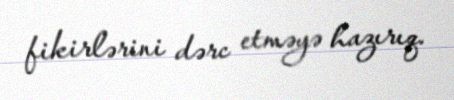
fikirlərini dərc etməyə hazırıq.